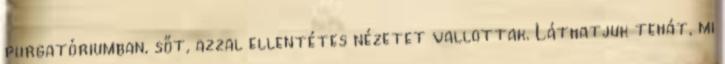
purgatóriumban, sőt, azzal ellentétes nézetet vallottak. Láthatjuk tehát, mi